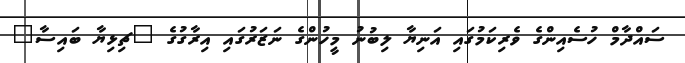
ސައްދާމް ހުސެއިންގެ ވެރިކަމުގައި އަނިޔާ ލިބުނު މީހުންގެ ނަޒަރުގައި އިރާގުގެ "ޗިޅިޔާ ބައިސާ"